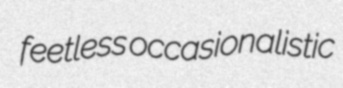
feetless occasionalistic